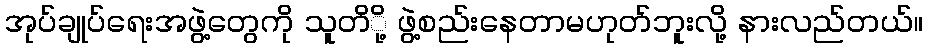
အုပ်ချုပ်ရေးအဖွဲ့တွေကို သူတိို့ ဖွဲ့စည်းနေတာမဟုတ်ဘူးလို့ နားလည်တယ်။